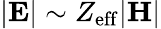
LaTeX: |\mathbf{E}|\sim Z_{\mathrm{eff}}|\mathbf{H}|